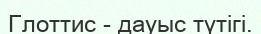
Глоттис - дауыс түтігі.